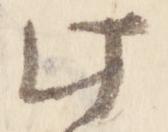
此